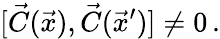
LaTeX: [\vec{C}(\vec{x}),\vec{C}(\vec{x}^{\prime})]\neq 0\, .